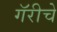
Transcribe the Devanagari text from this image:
गॅरीचे